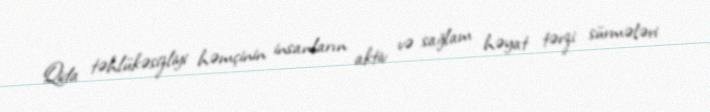
Qida təhlükəsizliyi həmçinin insanların aktiv və sağlam həyat tərzi sürmələri